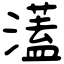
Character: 濭